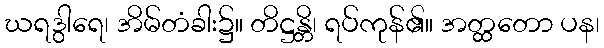
ဃရဒွါရေ၊ အိမ်တံခါး၌။ တိဋ္ဌန္တိ၊ ရပ်ကုန်၏။ အတ္ထတော ပန၊